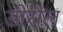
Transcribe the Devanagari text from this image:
डीसैल